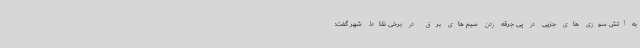
به آتش سوزی های جزیی در پی جرقه زدن سیم های برق در برخی نقاط شهر گفت: